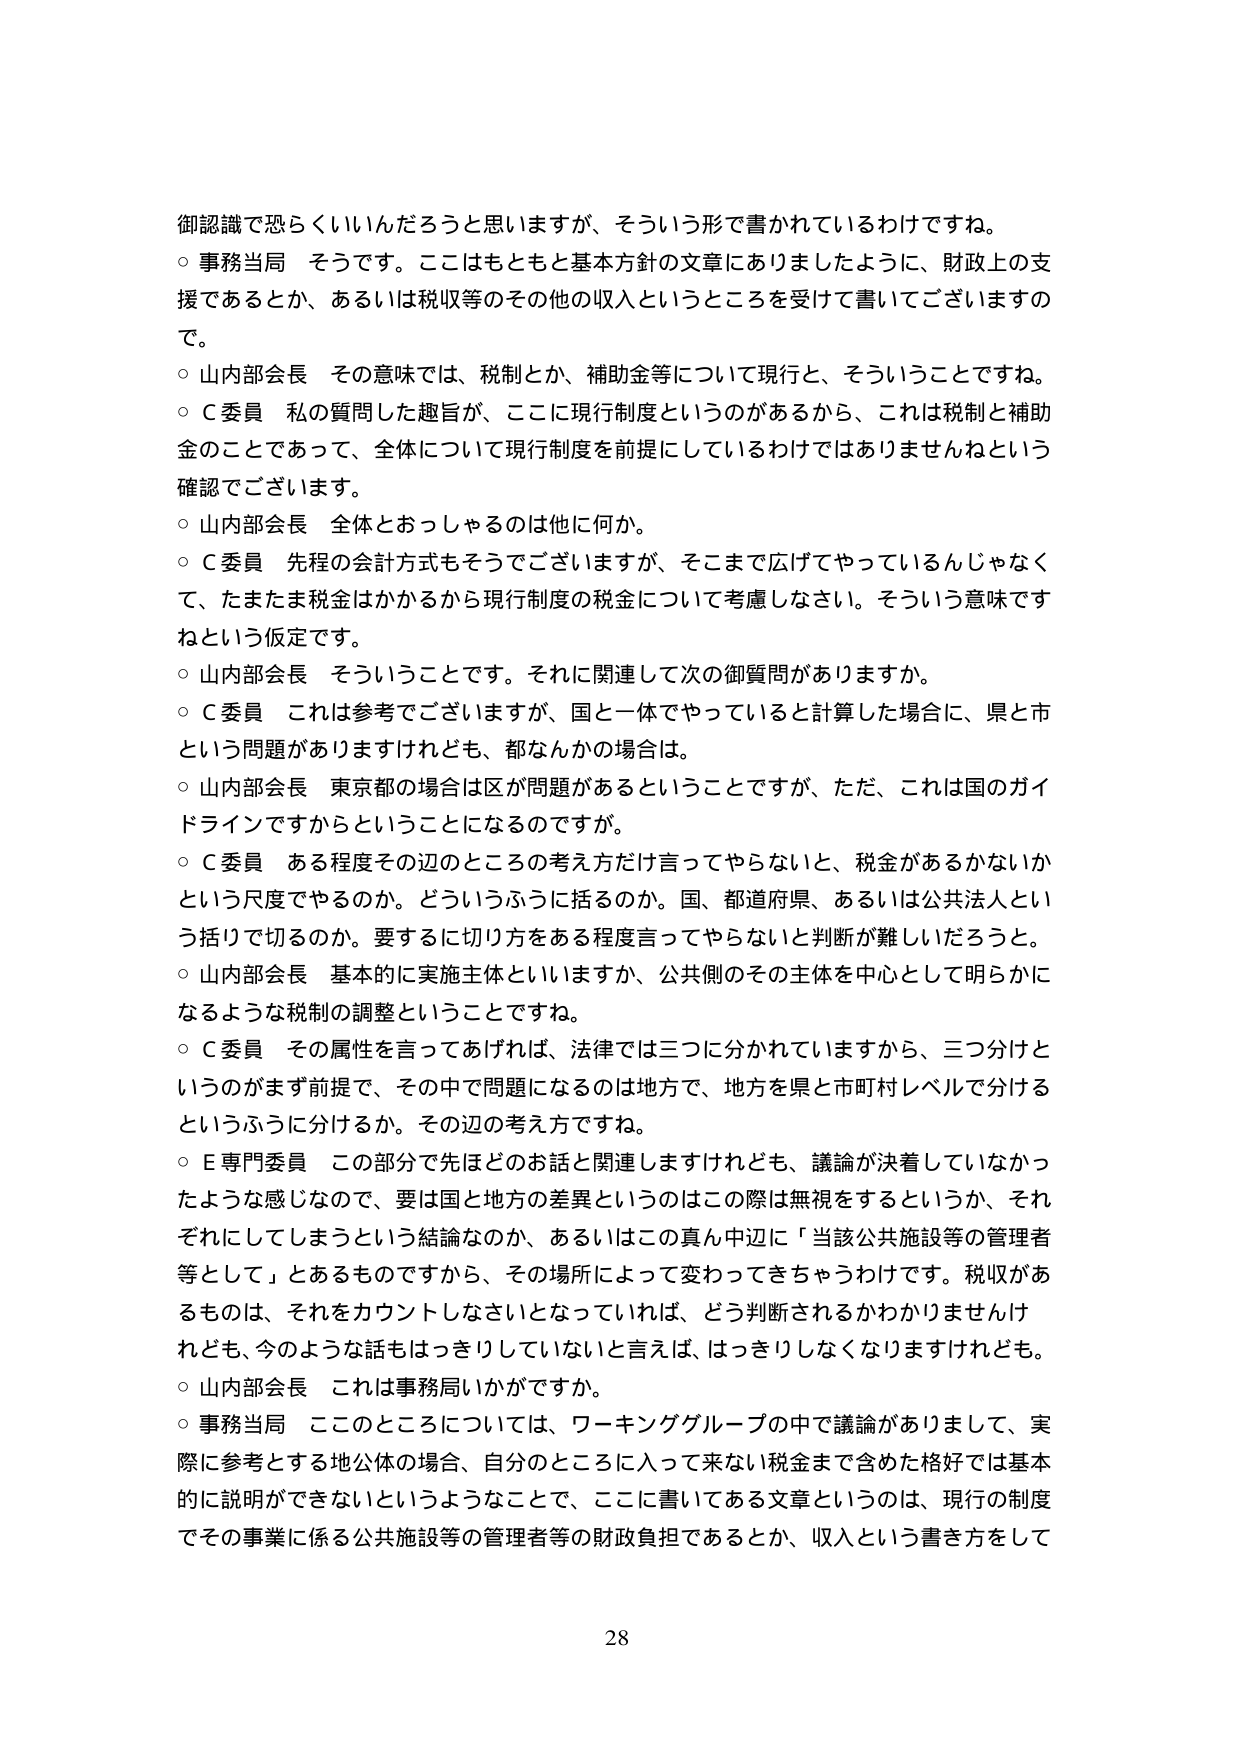
御認識で恐らくいいんだろうと思いますが、そういう形で書かれているわけですね。
○ 事務当局 そうです。ここはもともと基本方針の文章にありましたように、財政上の支援であるとか、あるいは税収等のその他の収入というところを受けて書いてございますので。
○ 山内部会長 その意味では、税制とか、補助金等について現行と、そういうことですね。
○ C委員 私の質問した趣旨が、ここに現行制度というのがあるから、これは税制と補助金のことであって、全体について現行制度を前提としているわけではありませんねという確認でございます。
○ 山内部会長 全体とおっしゃるのは他に何か。
○ C委員 先程の会計方式もそうでございますが、そこまで広げてやっているんじゃなくて、たまたま税金はかかるから現行制度の税金について考慮しなさい。そういう意味ですねという仮定です。
○ 山内部会長 そういうことです。それに関連して次の御質問がありますか。
○ C委員 これは参考でございますが、国と一体でやっていると計算した場合に、県と市という問題がありますけれども、都なんかの場合は。
○ 山内部会長 東京都の場合は区が問題があるということですが、ただ、これは国のガイドラインですからということになるのですが。
○ C委員 ある程度その辺のところの考え方だけ言ってやらないと、税金があるかないかという尺度でやるのか。どういうふうに括るのか。国、都道府県、あるいは公共法人という括りで切るのか。要するに切り方をある程度言ってやらないと判断が難しいだろうと。
○ 山内部会長 基本的に実施主体といいますか、公共側のその主体を中心として明らかになるような税制の調整ということですね。
○ C委員 その属性を言ってあげれば、法律では三つに分かれていますから、三つ分けというのがまず前提で、その中で問題になるのは地方で、地方を県と市町村レベルで分けるというふうに分けるか。その辺の考え方ですね。
○ E専門委員 この部分で先ほどのお話と関連しますけれども、議論が決着していなかったような感じなので、要は国と地方の差異というのはこの際は無視をするというか、それぞれにしてしまうという結論なのか、あるいはこの真ん中辺に「当該公共施設等の管理者等として」とあるものですから、その場所によって変わってきたちゃうわけです。税収があるものは、それをカウントしなさいとなっていれば、どう判断されるかわかりませんけれども、今のような話もはっきりしていないと言えば、はっきりしなくなりますけれども。
○ 山内部会長 これは事務局いかがですか。
○ 事務当局 ここのところについては、ワーキンググループの中で議論がありまして、実際に参考とする地公体の場合、自分のところに入って来ない税金まで含めた格好では基本的に説明ができないというようなことで、ここに書いてある文章というのは、現行の制度でその事業に係る公共施設等の管理者等の財政負担であるとか、収入という書き方をして

28